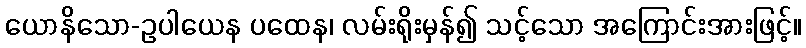
ယောနိသော-ဥပါယေန ပထေန၊ လမ်းရိုးမှန်၍ သင့်သော အကြောင်းအားဖြင့်။